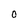
Character: 0